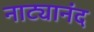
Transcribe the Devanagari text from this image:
नाट्यानंद